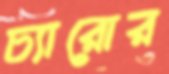
চ্যারোর